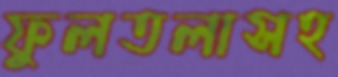
ফুলতলাসহ